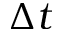
\Delta t